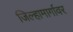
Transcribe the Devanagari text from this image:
जिल्हामार्गावर